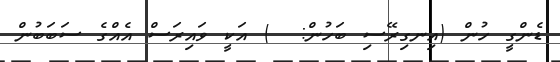
ޑެންގީ ހުން (އިނގިރޭސި ބަހުން:  ) އަކީ ވައިރަސް އެއްގެ ސަބަބުން